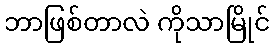
ဘာဖြစ်တာလဲ ကိုသာမြိုင်